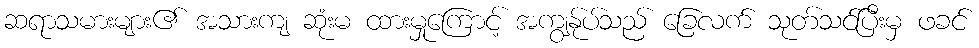
ဆရာသမားများ၏ အသားကျ ဆုံးမ ထားမှုကြောင့် အကျွန်ုပ်သည် ခြေလက် သုတ်သင်ပြီးမှ ဖခင်